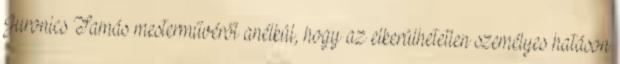
Juronics Tamás mesterművéről anélkül, hogy az elkerülhetetlen személyes hatáson